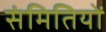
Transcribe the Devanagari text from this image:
संमितियों